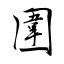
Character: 圍